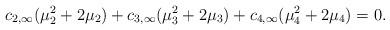
LaTeX: \begin{align*}c_{2,\infty}(\mu_2^2 + 2\mu_2) + c_{3,\infty}(\mu_3^2 + 2\mu_3) + c_{4,\infty}(\mu_4^2 + 2\mu_4) = 0.\end{align*}